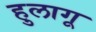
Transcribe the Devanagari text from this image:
हुलागू